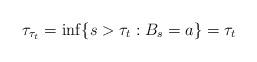
LaTeX: \begin{align*}\tau_{\tau_t}=\inf\{{s>\tau_t}:B_s=a\}={\tau_t}\ \ \ \ \end{align*}